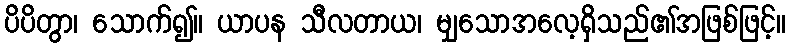
ပိပိတွာ၊ သောက်၍။ ယာပန သီလတာယ၊ မျှသောအလေ့ရှိသည်၏အဖြစ်ဖြင့်။